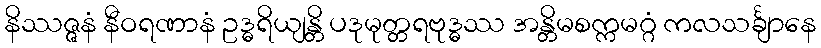
နိဿဇ္ဇနံ နီဝရဏာနံ ဥဒ္ဓရိယျန္တိ ပဒုမုတ္တရဗုဒ္ဓဿ အန္တိမစက္ကမဂ္ဂံ ကလသင်္ချာနေ